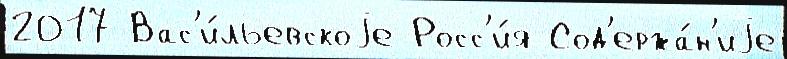
2017 Вас'и́льевскоjе Росс'и́я Сод'ержа́н'иjе